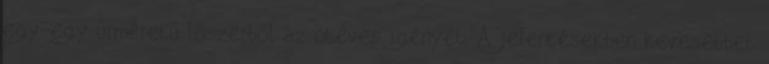
egy-egy űrméretű lőszerből az ötéves igényét. A jelentésekben kevesebbet